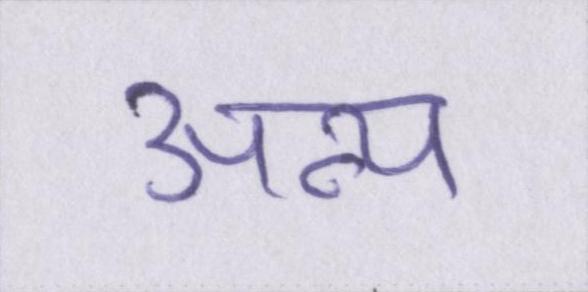
अन्य